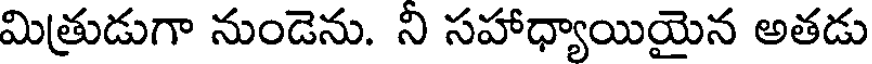
మిత్రుడుగా నుండెను. ని సహాధ్యాయియైన అతడు